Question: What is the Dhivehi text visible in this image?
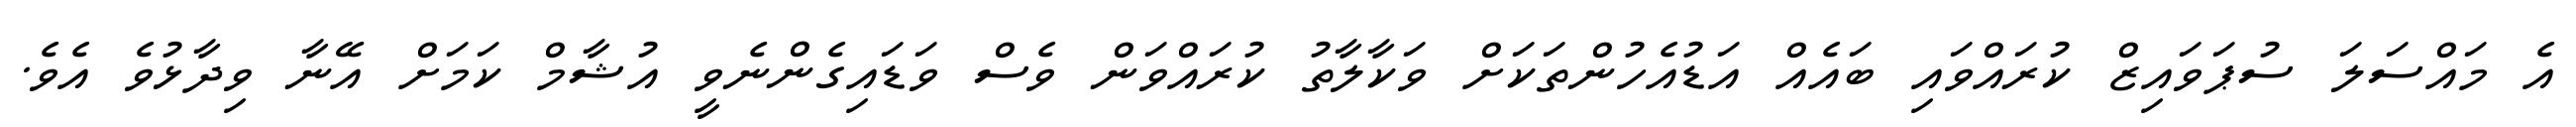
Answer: އެ މައްސަލަ ސުޕަވައިޒް ކުރައްވައި ބައެއް އަޑުއެހުންތަކަށް ވަކާލާތު ކުރައްވަން ވެސް ވަޑައިގެންނެވީ އުޝާމް ކަމަށް އޭނާ ވިދާޅުވެ އެވެ.